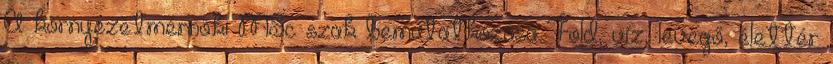
A környezetmérnöki MSc szak bemutatkozása Föld, víz, levegő, élettér